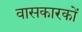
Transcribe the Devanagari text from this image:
वासकारकों